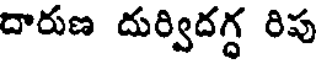
దారుణ దుర్విదగ్గ రిపు